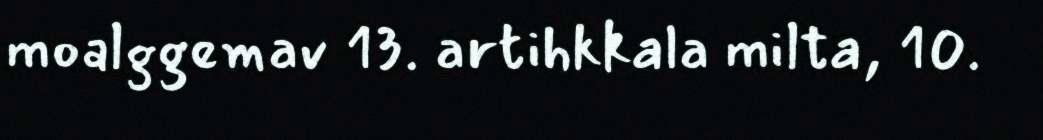
moalggemav 13. artihkkala milta, 10.